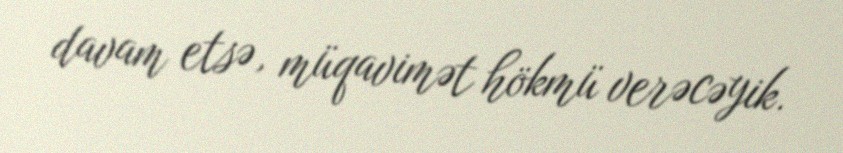
davam etsə, müqavimət hökmü verəcəyik.